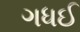
ગધઈ